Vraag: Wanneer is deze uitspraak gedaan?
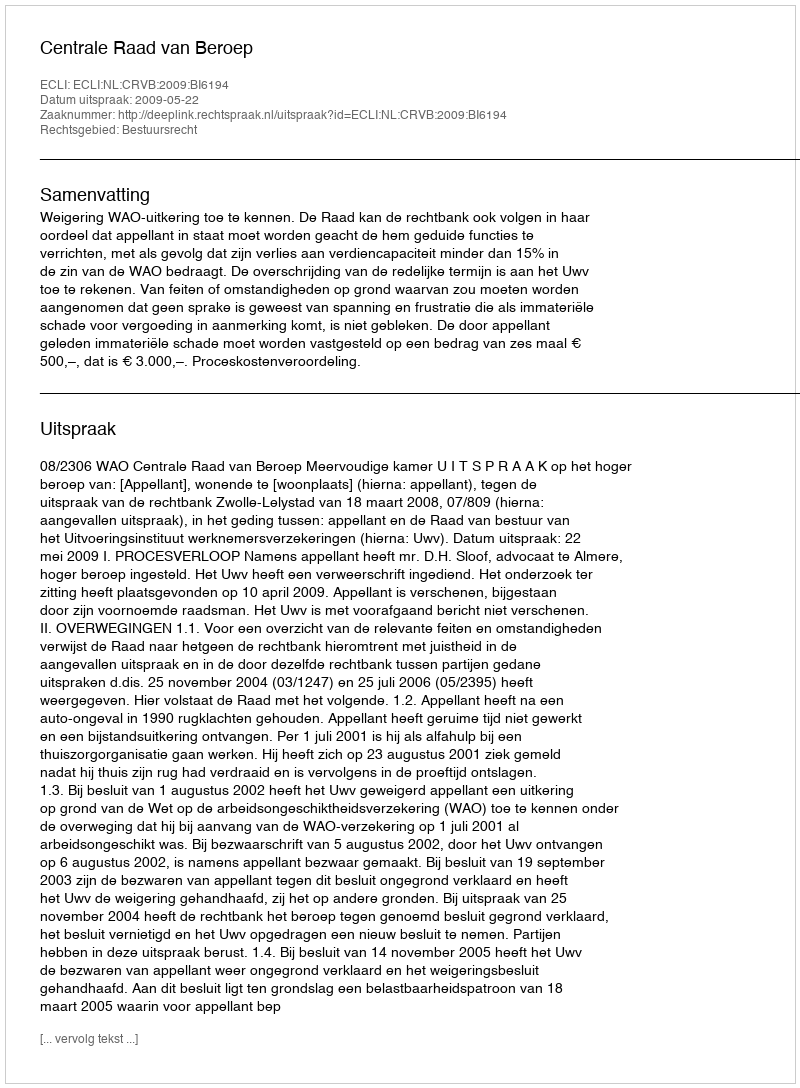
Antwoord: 2009-05-22